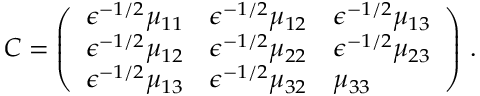
C = \left( \begin{array} { l l l } { \epsilon ^ { - 1 / 2 } \mu _ { 1 1 } } & { \epsilon ^ { - 1 / 2 } \mu _ { 1 2 } } & { \epsilon ^ { - 1 / 2 } \mu _ { 1 3 } } \\ { \epsilon ^ { - 1 / 2 } \mu _ { 1 2 } } & { \epsilon ^ { - 1 / 2 } \mu _ { 2 2 } } & { \epsilon ^ { - 1 / 2 } \mu _ { 2 3 } } \\ { \epsilon ^ { - 1 / 2 } \mu _ { 1 3 } } & { \epsilon ^ { - 1 / 2 } \mu _ { 3 2 } } & { \mu _ { 3 3 } } \end{array} \right) \, .